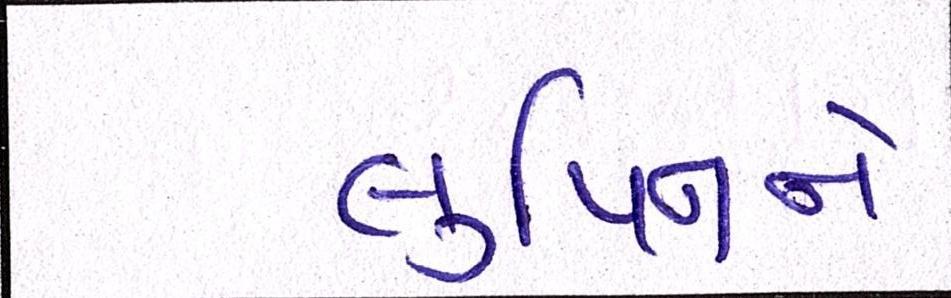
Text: લુપિનને